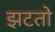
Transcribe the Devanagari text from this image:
झटतो